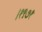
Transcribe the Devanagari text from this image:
।१९७१